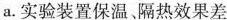
a.实验装置保温、隔热效果差